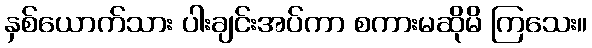
နှစ်ယောက်သား ပါးချင်းအပ်ကာ စကားမဆိုမိ ကြသေး။